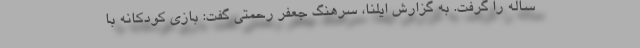
ساله را گرفت. به گزارش ایلنا، سرهنگ جعفر رحمتی گفت: بازی کودکانه با